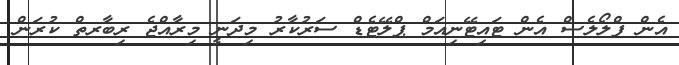
އެން ފްލޯލެސް އެން ޓައިޓޭނިއަމް ޕްލޭޓެޑް ސަރުކާރު މިދަނީ މިރާއްޖެ ރިބާރތް ކުރަން